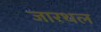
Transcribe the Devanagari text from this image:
जारथल